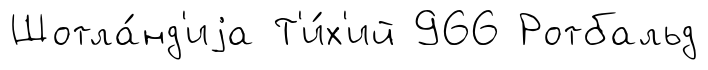
Шотла́нд'иjа Т'и́х'ий 966 Ротбальд